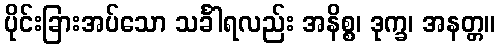
ပိုင်းခြားအပ်သော သင်္ခါရလည်း အနိစ္စ၊ ဒုက္ခ၊ အနတ္တ။